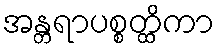
အန္တရာပစ္စတ္ထိကာ